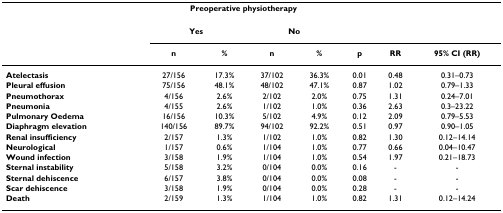
|  | <COLSPAN=4> Preoperative physiotherapy |  |  |  |
 |  | <COLSPAN=2> Yes | <COLSPAN=2> No |  |  |  |
 |  | n | % | n | % | p | RR | 95% CI (RR) |
 | --- | --- | --- | --- | --- | --- | --- | --- |
 | Atelectasis | 27/156 | 17.3% | 37/102 | 36.3% | 0.01 | 0.48 | 0.31–0.73 |
 | Pleural effusion | 75/156 | 48.1% | 48/102 | 47.1% | 0.87 | 1.02 | 0.79–1.33 |
 | Pneumothorax | 4/156 | 2.6% | 2/102 | 2.0% | 0.75 | 1.31 | 0.24–7.01 |
 | Pneumonia | 4/155 | 2.6% | 1/102 | 1.0% | 0.36 | 2.63 | 0.3–23.22 |
 | Pulmonary Oedema | 16/156 | 10.3% | 5/102 | 4.9% | 0.12 | 2.09 | 0.79–5.53 |
 | Diaphragm elevation | 140/156 | 89.7% | 94/102 | 92.2% | 0.51 | 0.97 | 0.90–1.05 |
 | Renal insufficiency | 2/157 | 1.3% | 1/102 | 1.0% | 0.82 | 1.30 | 0.12–14.14 |
 | Neurological | 1/157 | 0.6% | 1/104 | 1.0% | 0.77 | 0.66 | 0.04–10.47 |
 | Wound infection | 3/158 | 1.9% | 1/104 | 1.0% | 0.54 | 1.97 | 0.21–18.73 |
 | Sternal instability | 5/158 | 3.2% | 0/104 | 0.0% | 0.16 | - | - |
 | Sternal dehiscence | 6/157 | 3.8% | 0/104 | 0.0% | 0.08 | - | - |
 | Scar dehiscence | 3/158 | 1.9% | 0/104 | 0.0% | 0.28 | - | - |
 | Death | 2/159 | 1.3% | 1/104 | 1.0% | 0.82 | 1.31 | 0.12–14.24 |